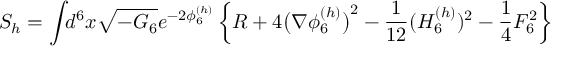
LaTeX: S _ { h } = \int \! \! d ^ { 6 } x \sqrt { - { \cal G } _ { 6 } } e ^ { - 2 \phi _ { 6 } ^ { ( h ) } } \left\{ R + 4 \big ( \nabla \phi _ { 6 } ^ { ( h ) } \big ) ^ { 2 } - { \frac { 1 } { 1 2 } } ( H _ { 6 } ^ { ( h ) } ) ^ { 2 } - { \frac { 1 } { 4 } } { \cal F } _ { 6 } ^ { 2 } \right\}